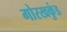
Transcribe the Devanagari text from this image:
गोरखकुंड